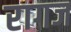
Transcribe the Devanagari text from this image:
रागज